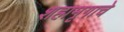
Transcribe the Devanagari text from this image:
शहामृगाचे